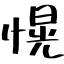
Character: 愰